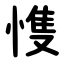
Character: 愯